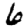
Digit: 6